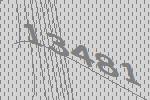
13481